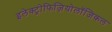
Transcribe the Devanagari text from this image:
इलेक्ट्रोफिज़ियोलॉजिकल